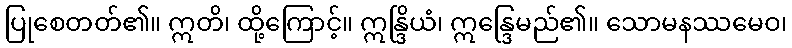
ပြုစေတတ်၏။ ဣတိ၊ ထို့ကြောင့်။ ဣန္ဒြိယံ၊ ဣန္ဒြေမည်၏။ သောမနဿမေဝ၊